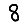
Digit: 8